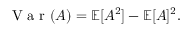
\mathrm { ~ V ~ a ~ r ~ } ( A ) = \mathbb { E } [ A ^ { 2 } ] - \mathbb { E } [ A ] ^ { 2 } .